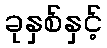
ခုနှစ်နှင့်